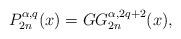
LaTeX: \begin{align*}P_{2n}^{\alpha,q}(x)=GG_{2n}^{\alpha,2q+2}(x),\end{align*}